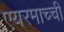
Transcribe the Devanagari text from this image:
एयरमाच्ची